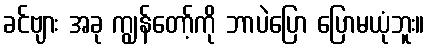
ခင်ဗျား အခု ကျွန်တော့်ကို ဘာပဲပြော ပြောမယုံဘူး။